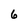
Character: 6